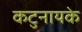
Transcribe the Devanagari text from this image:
कटुनायके